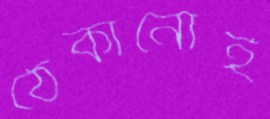
ঠেকানোই